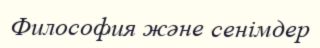
Философия және сенімдер